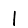
Digit: 1